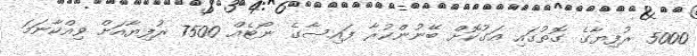
5000 ރުފިޔާގެ ގޮތުގައި އަގުކޮށް ބޭނުންކުރާ ފައިސާގެ ނޯޓެއް 7500 ރުފިޔާއަށް ވިއްކާނަމަ